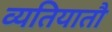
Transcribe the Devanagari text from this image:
व्यतियातौ